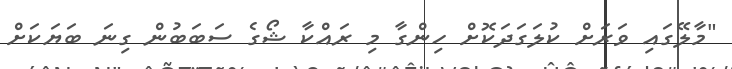
"މާލޭގައި ވަރަށް ކުލަގަދަކޮށް ހިންގާ މި ރައްކާ ޝޯގެ ސަބަބުން ގިނަ ބަޔަކަށް